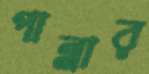
পাল্লার